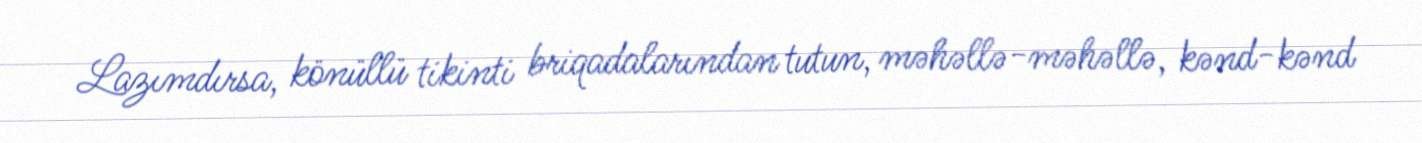
Lazımdırsa, könüllü tikinti briqadalarından tutun, məhəllə-məhəllə, kənd-kənd